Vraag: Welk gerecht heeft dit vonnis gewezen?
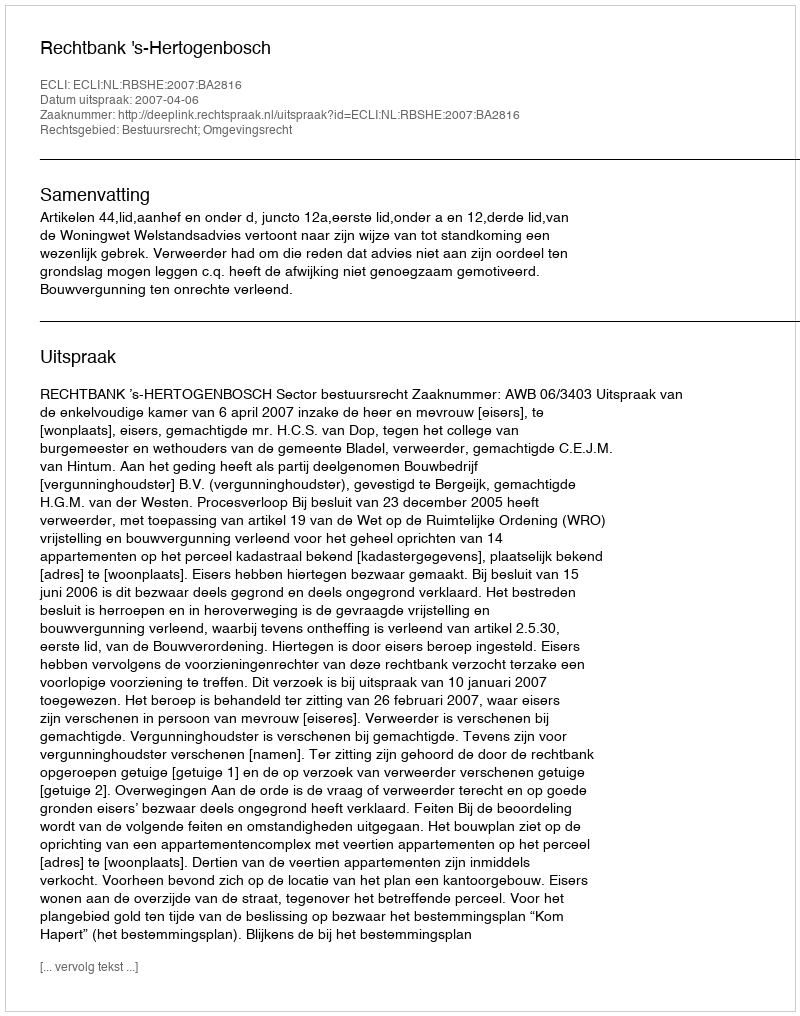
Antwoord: Rechtbank 's-Hertogenbosch